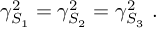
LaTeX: \gamma _ { S _ { 1 } } ^ { 2 } = \gamma _ { S _ { 2 } } ^ { 2 } = \gamma _ { S _ { 3 } } ^ { 2 } ~ .